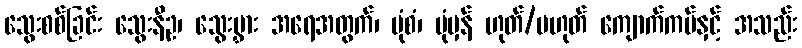
သွေးစစ်ခြင်း သွေးနီဥ၊ သွေးမွှား အရေအတွက်၊ ပုံစံ၊ ပုံမှန် ဟုတ်/မဟုတ် ကျောက်ကပ်နှင့် အသည်း